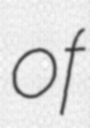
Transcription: of